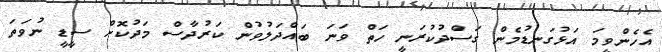
އެހެންވީމަ އަޅުގަނޑުމެން ގަސްދުކުރަނީ ހަތް ވަނަ ބައްދަލުވުން ކަރުދާސް މަދުކޮށް ސީޑީ ނުވަތަ